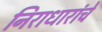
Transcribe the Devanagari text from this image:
निराधारांचे